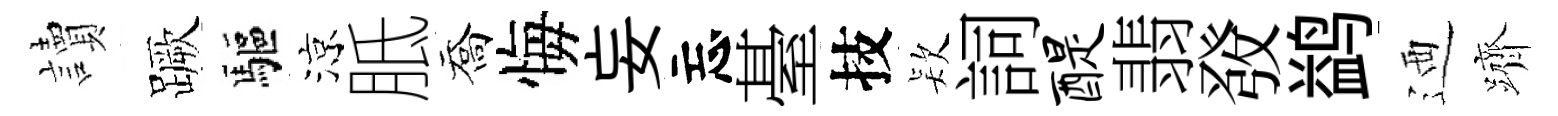
讀蹶驅涼胝喬悔妄忘䑓技𣣇詞醍翡𤼲鹢迺躋